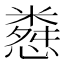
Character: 𢠴